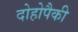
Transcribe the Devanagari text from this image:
दोहोपैकी